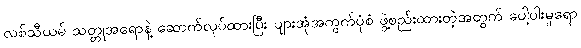
လစ်သီယမ် သတ္တုအရောနဲ့ ဆောက်လုပ်ထားပြီး ပျားအုံအကွက်ပုံစံ ဖွဲ့စည်းထားတဲ့အတွက် ပေါ့ပါးမှုရော